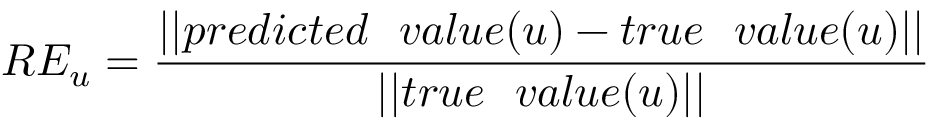
R E _ { u } = \frac { | | p r e d i c t e d ~ ~ v a l u e ( u ) - t r u e ~ ~ v a l u e ( u ) | | } { | | t r u e ~ ~ v a l u e ( u ) | | }